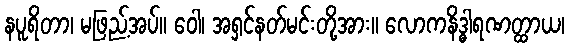
နပူရိတာ၊ မဖြည့်အပ်။ ဝေါ၊ အရှင်နတ်မင်းတို့အား။ လောကနိဒ္ဓါရဏတ္ထာယ၊